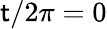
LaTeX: \mathsf{t}/2\pi=0